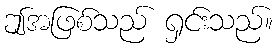
ဤအဖြစ်သည် ရှင်းသည်။